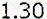
1.30